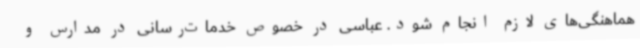
هماهنگی‌های لازم انجام شود. عباسی در خصوص خدمات‌رسانی در مدارس و